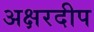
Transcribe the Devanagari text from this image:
अक्षरदीप